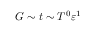
G \sim t \sim T ^ { 0 } \varepsilon ^ { 1 }